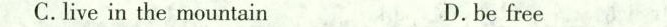
C.live in the mountain D.be free